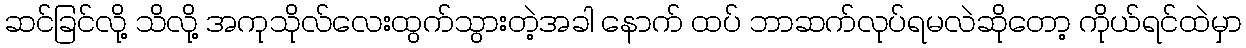
ဆင်ခြင်လို့ သိလို့ အကုသိုလ်လေးထွက်သွားတဲ့အခါ နောက် ထပ် ဘာဆက်လုပ်ရမလဲဆိုတော့ ကိုယ်ရင်ထဲမှာ